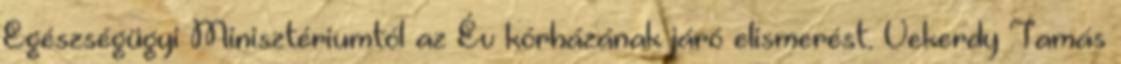
Egészségügyi Minisztériumtól az Év kórházának járó elismerést. Vekerdy Tamás